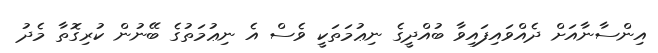
އިންސާނާއަށް ދެއްވައިފައިވާ ބުއްދީގެ ނިޢުމަތަކީ ވެސް އެ ނިޢުމަތުގެ ބޭނުން ކުރިގޮތާ މެދު